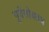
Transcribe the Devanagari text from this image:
पूर्वेसोबतच